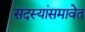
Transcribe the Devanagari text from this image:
सदस्यांसमावेत